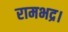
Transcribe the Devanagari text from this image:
रामभद्र।